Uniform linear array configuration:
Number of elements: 24
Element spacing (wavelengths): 0.75
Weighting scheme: uniform
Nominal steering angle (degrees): -15
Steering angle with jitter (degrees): -16.807
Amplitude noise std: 0.05
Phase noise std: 0.05

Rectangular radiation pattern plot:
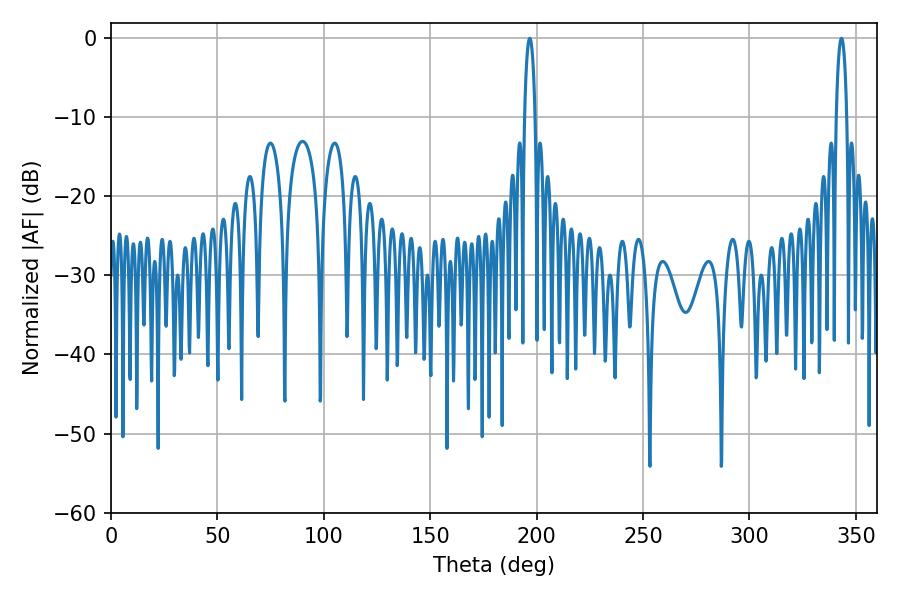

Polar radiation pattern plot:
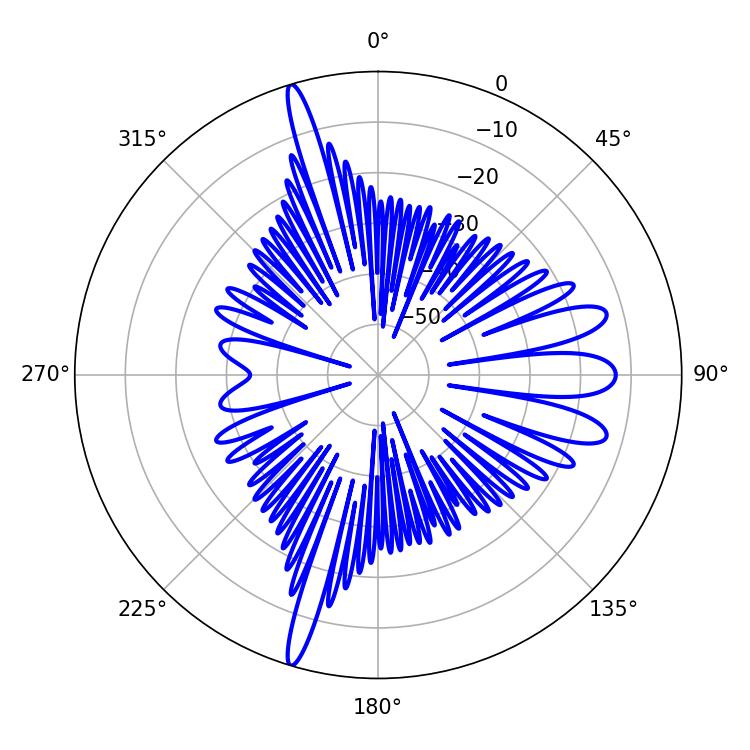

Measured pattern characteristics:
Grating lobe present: TRUE
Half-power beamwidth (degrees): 2.88
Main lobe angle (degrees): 343.26